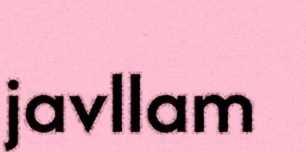
javllam